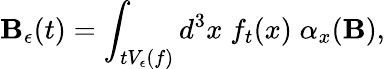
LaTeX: {\mathbf B}_{\epsilon}(t)=\int_{tV_{\epsilon}(f)}d^{3}x\; f_{t}(x)\; \alpha_{x}({\mathbf B}),